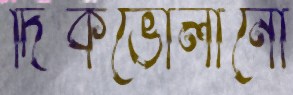
দিকভোলানো